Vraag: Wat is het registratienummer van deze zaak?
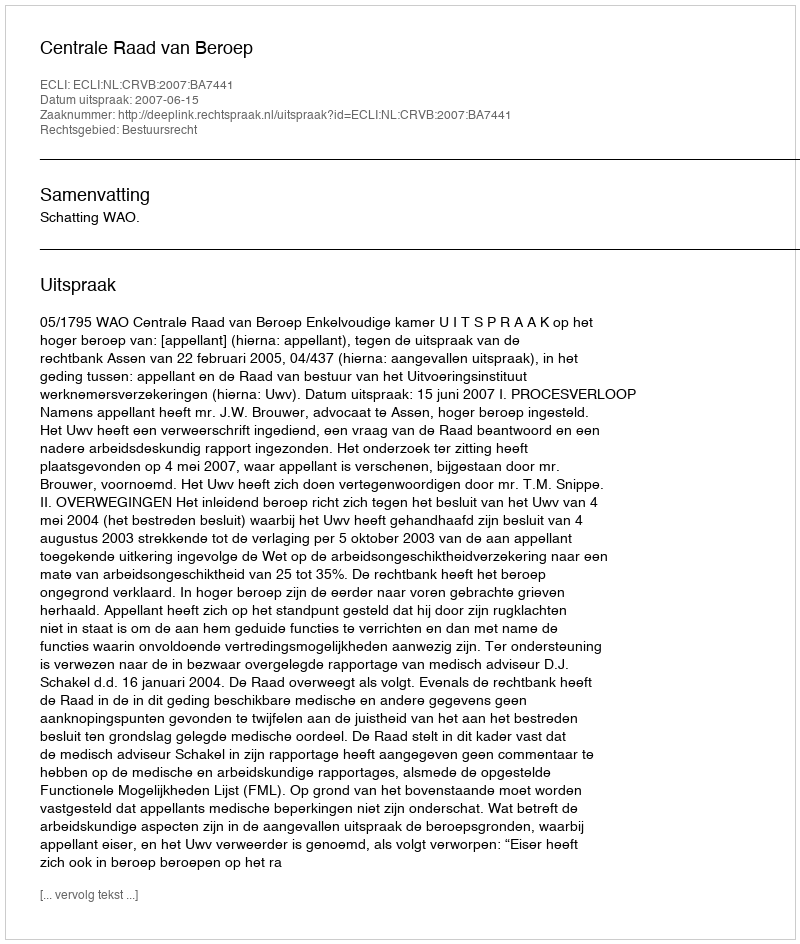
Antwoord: http://deeplink.rechtspraak.nl/uitspraak?id=ECLI:NL:CRVB:2007:BA7441